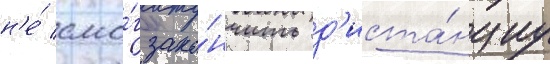
н'е́ смо́г зако́нчить д'иста́нциу